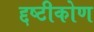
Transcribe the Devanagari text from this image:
द्दष्टीकोण